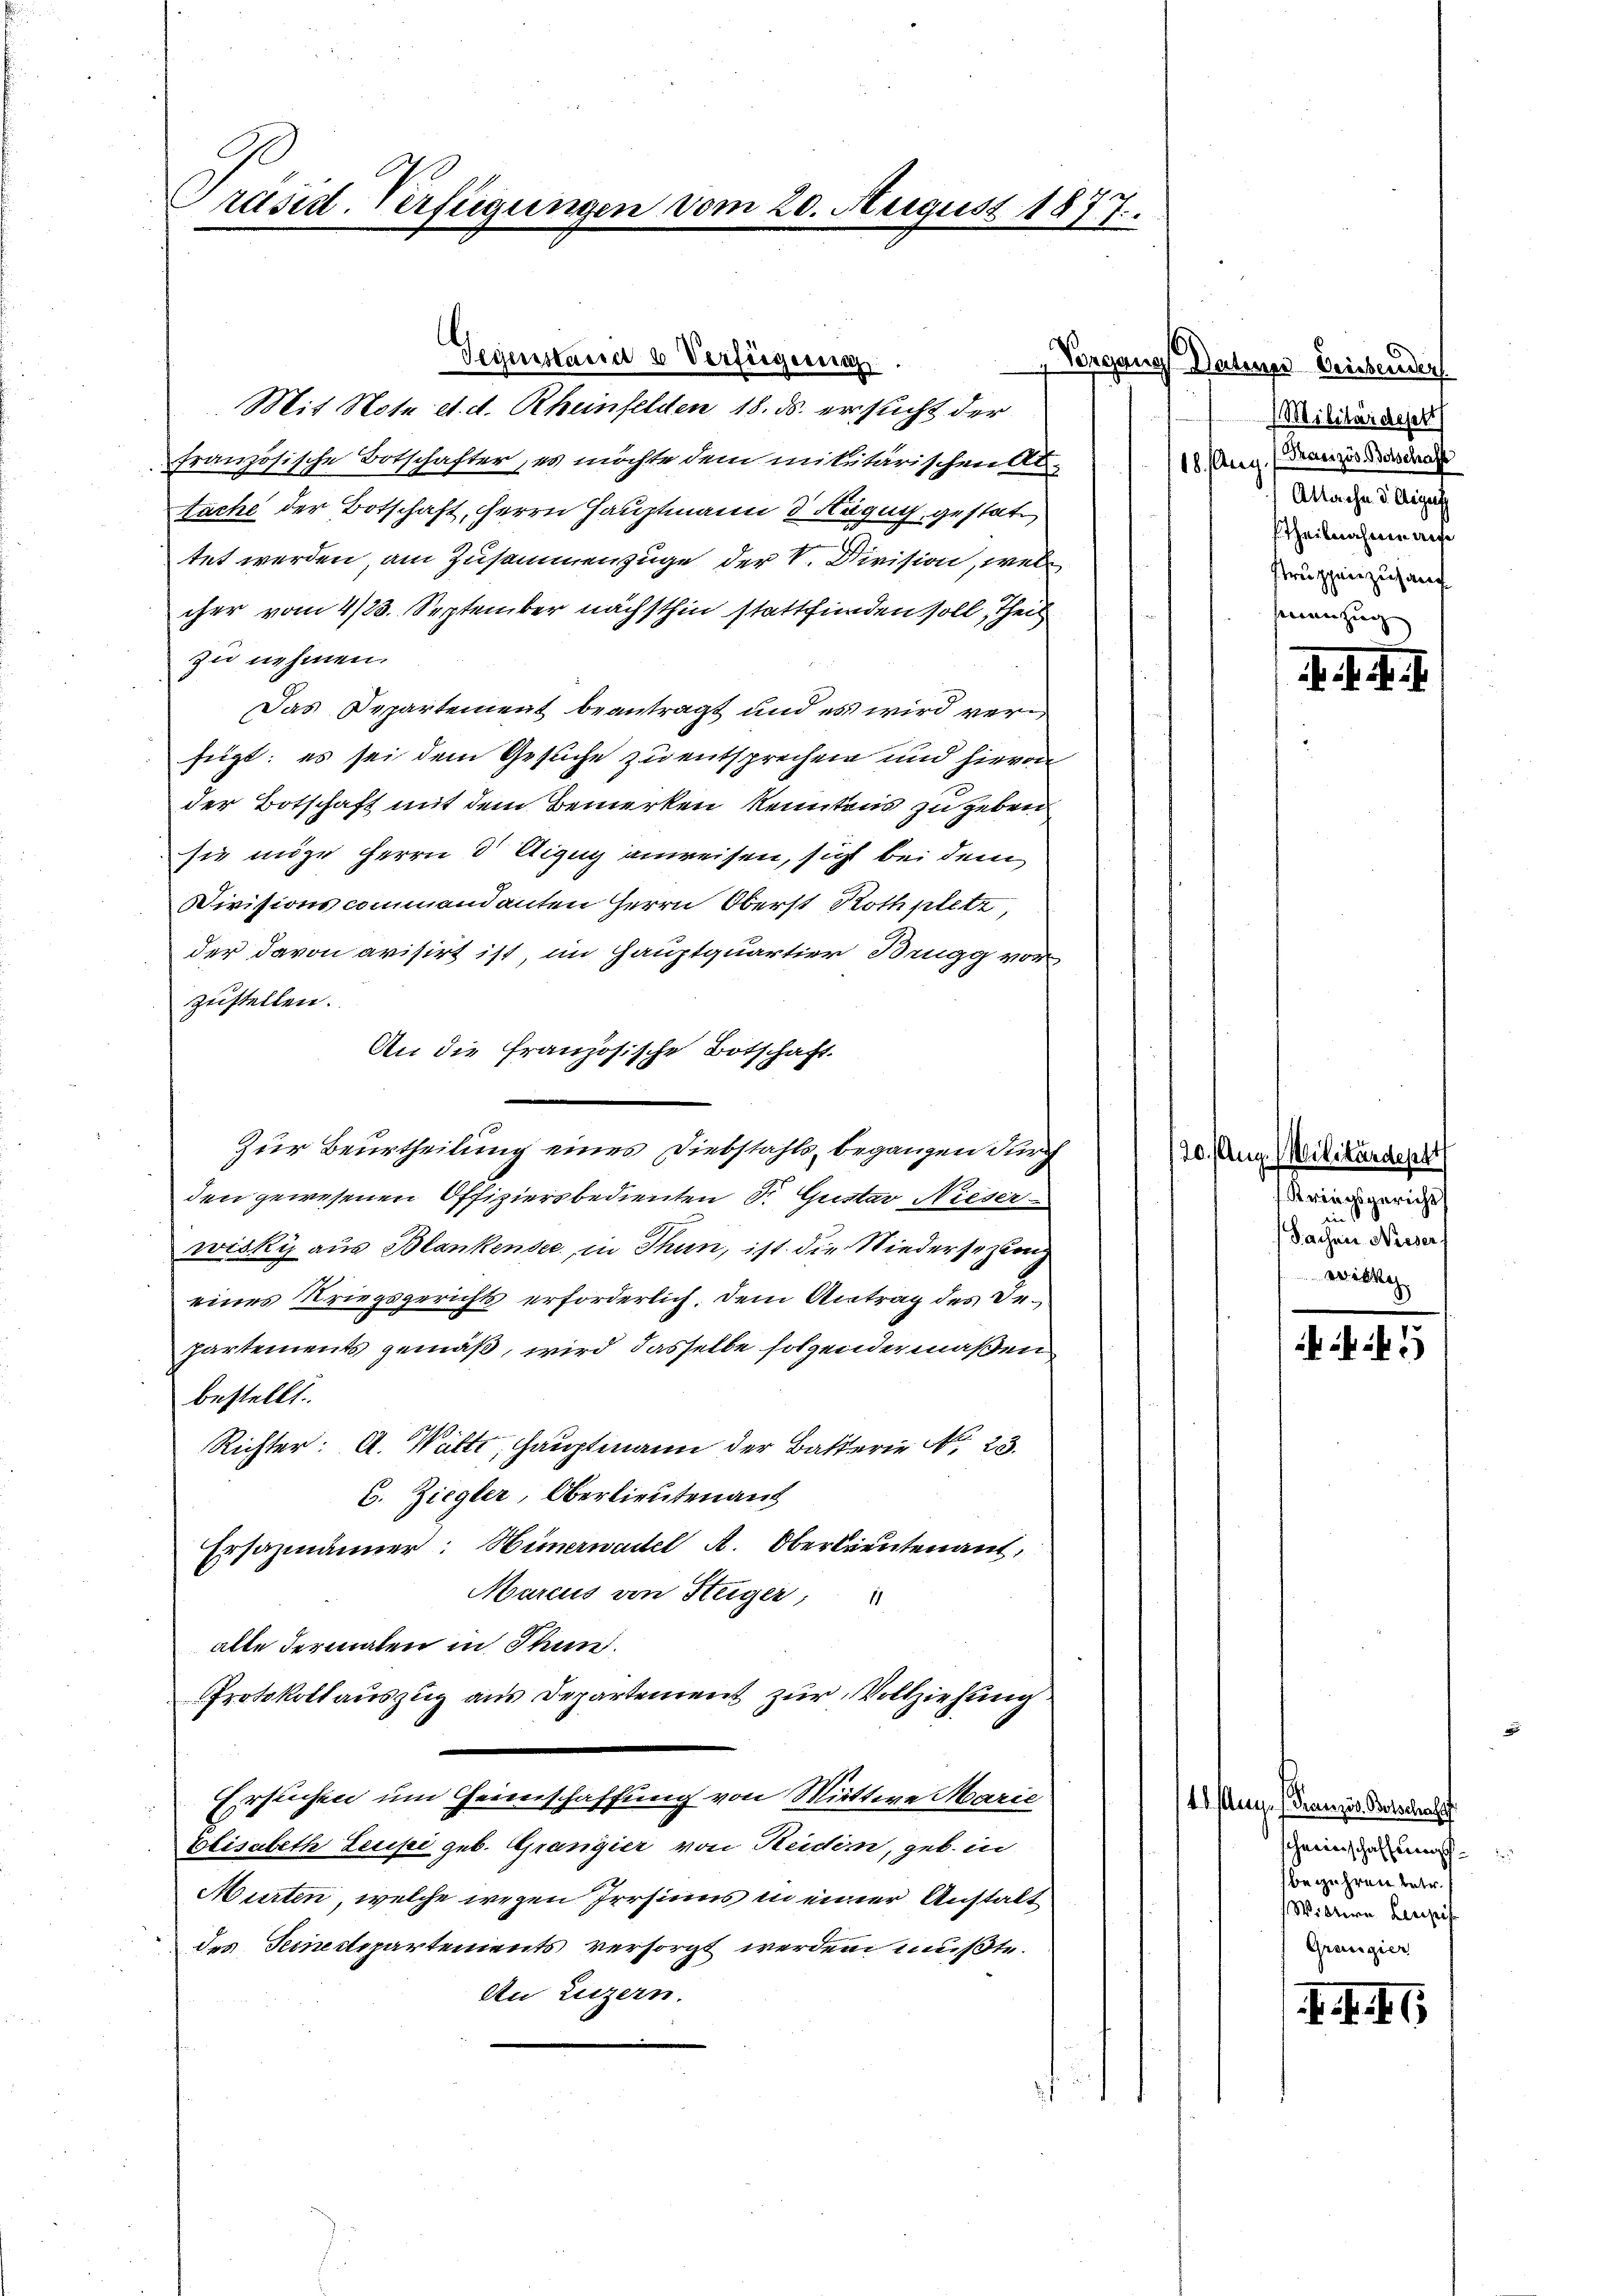
Präsid. Verfügungen vom 20. August 1877.

Gegenstand & Verfügung
Mit Note et. d. Rheinfelden 18. ds. ersucht der
französische Botschafter, es möchte dem militärischen Ab¬
Nache der Botschaft, Herrn Hauptmann 3 Hagug, gestattet werden, am Zusammenzuge der V. Division, wel
cher vom 4/23. September nächsthin stattfinden soll, theil
zu nehmen.
Das Departement beantragt und es wird verfügt: es sei dem Gesuche zu entsprechen und hievon
der Botschaft mit dem Bemerken kenntens zu geben
sie möge Herrn 3 Aigug anweisen, sicht bei dem
Divisionscommendanten Herrn Oberst Rothplatt,
der davon avisirt ist im Hauptquartier Brugg vor
zustellen.
An die französische Botschaft.
Zur Beurtheilung eines Diebstahls, begangen durch
den gewesenen Offiziersbedienten Dr. Gustav Nieser
wisky aus Blankensee, in Thun, ist die Niedersezung
eines Kriegsgerichts erforderlich, dem Antrag des Departements gemäß, wird dasselbe folgendermaßen
bestellt.
Richter: A. Watte, Hauptmann der Batterie No 23.
C. Ziegler, Oberlieuten auf
Ersazmänner: Hünerwartel A. Oberkreutenant,
Marcus von Steiger,
alle dermalen in Thun.
Protokoll auszug aus Departement zur Vollziehung
Ersuchen um Heinschaffung von Mittwe Marie
Elisabeth Leusi geb. Grangier von Seiden, geb. in
Murten, welche wegen Irrsinns in einer Anstalt
des Seinestepartements versorgt werden mußte.
An Luzern.

Vorgang Datums Leichender
1 Militärdepert
Französ. Betschaff
18. Aug
Allache d. Gegens
Theilnahme auf
Struppenzufang
senen zug

. J. J. J.

20. Aug. Militärdeptt
Kriegsgericht
Sachen Nieser
wibsch

11. Aug. Franzis Botschaf
cheinschaffungsbegehren betr.
Wittern Lepel
Grenzier

. . . .